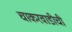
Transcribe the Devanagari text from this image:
चाकरवाडीची